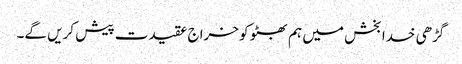
گڑھی خدا بخش میں ہم بھٹو کو خراج عقیدت پیش کریں گے۔